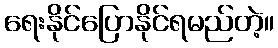
ရေးနိုင်ပြောနိုင်ရမည်တဲ့။